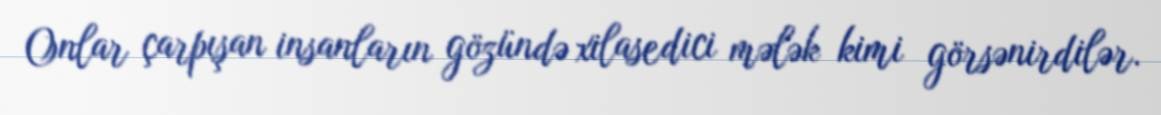
Onlar çarpışan insanların gözündə xilasedici mələk kimi görsənirdilər.